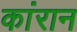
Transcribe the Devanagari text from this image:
कांरान